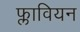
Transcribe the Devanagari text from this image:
फ्लावियन